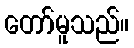
တော်မူသည်။